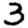
Digit: 3